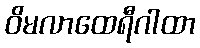
ဝိမလာထေရီဂါထာ